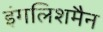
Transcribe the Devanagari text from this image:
इंगलिशमैन